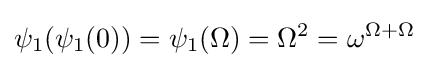
\psi _{1}(\psi _{1}(0))=\psi _{1}(\Omega )=\Omega ^{2}=\omega ^{\Omega +\Omega }